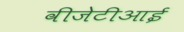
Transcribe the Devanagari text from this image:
वीजेटीआई